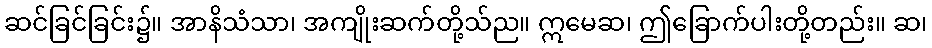
ဆင်ခြင်ခြင်း၌။ အာနိသံသာ၊ အကျိုးဆက်တို့သ်ည။ ဣမေဆ၊ ဤခြောက်ပါးတို့တည်း။ ဆ၊